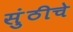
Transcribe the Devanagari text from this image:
सुंठीचे